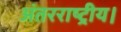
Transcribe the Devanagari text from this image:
अंतरराष्ट्रीय।